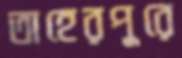
তাহেরপুরে